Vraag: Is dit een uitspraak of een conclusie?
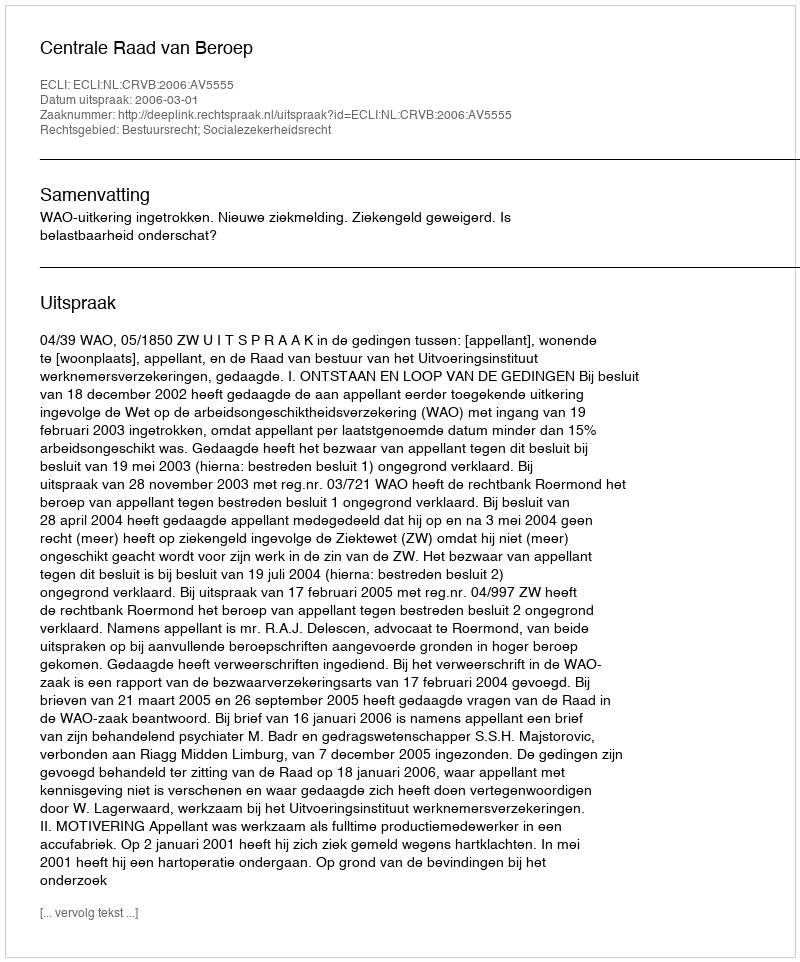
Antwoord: Uitspraak